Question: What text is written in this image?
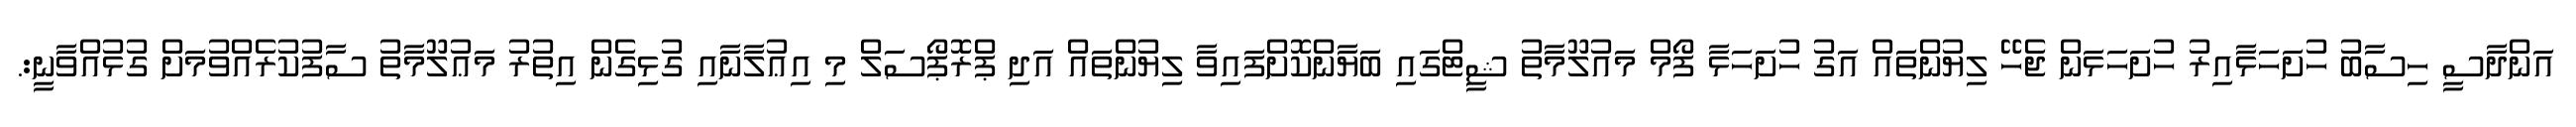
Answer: އަންދާސީ ހިސާބު ހުށަހަޅާއިރު ހުށަހަޅަން ޖެހޭ ލިޔުންތައް އަގު ހުށަހަޅާ ފޯމް މައުލޫމާތު ޝީޓްގައި ބަޔާންކޮށްފައިވާ ލިޔުންތައް އަދި ޕްރޮޕޯސަލް މި އިޢުލާނާއި ގުޅިގެން އިތުރު މަޢުލޫމާތު ސާފުކުރެއްވުމަށް ގުޅުއްވާނީ:.